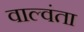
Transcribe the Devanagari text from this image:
वाल्वंता